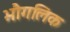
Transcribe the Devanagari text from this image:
भौगलिक